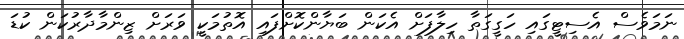
ނަމަވެސް އެސިޓީގައި ހަގީގަތާ ހިލާފަށް އެކަން ބަޔާންކޮށްފައި އޮތުމަކީ ވަރަށް ޒިންމާދާރުކަން ކުޑަ